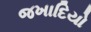
જખાદિયો